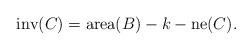
LaTeX: \begin{align*}\mathrm{inv}(C) = \mathrm{area}(B) - k - \mathrm{ne}(C).\end{align*}